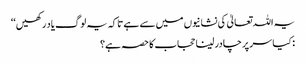
یہ اللہ تعالیٰ کی نشانیوں میں سے ہے تاکہ یہ لوگ یاد رکھیں‘‘
: کیا سر پر چادر لینا حجاب کا حصہ ہے؟